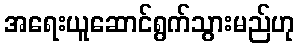
အရေးယူဆောင်ရွက်သွားမည်ဟု